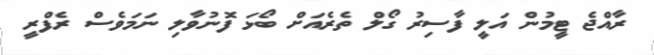
ރާއްޖެ ޓީމުން އަލީ ފާސިރު ގޯލް ތެރެއަށް ބޯޯޅަ ފޮނުވާލި ނަމަވެސް ރެފްރީ